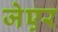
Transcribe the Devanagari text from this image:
जेएर